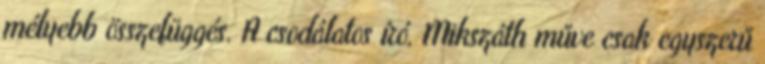
mélyebb összefüggés. A csodálatos író, Mikszáth műve csak egyszerű